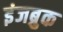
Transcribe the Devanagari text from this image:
इंजब्रुक